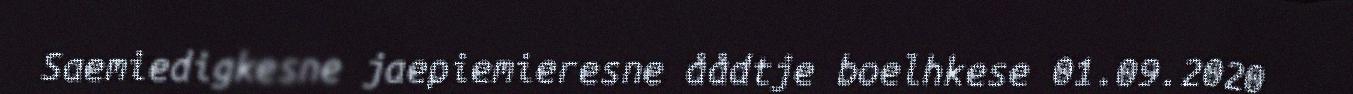
Saemiedigkesne jaepiemieresne åådtje boelhkese 01.09.2020